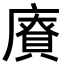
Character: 𪪡